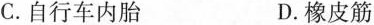
C.自行车内胎 D.橡皮筋